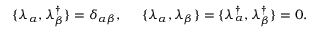
\{ \lambda _ { \alpha } , \lambda _ { \beta } ^ { \dagger } \} = \delta _ { \alpha \beta } , \; \; \; \; \; \{ \lambda _ { \alpha } , \lambda _ { \beta } \} = \{ \lambda _ { \alpha } ^ { \dagger } , \lambda _ { \beta } ^ { \dagger } \} = 0 .